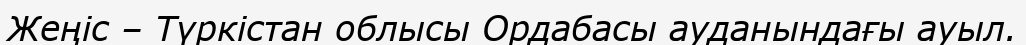
Жеңіс – Түркістан облысы Ордабасы ауданындағы ауыл.